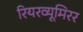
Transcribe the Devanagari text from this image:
रियरव्यूमिरर